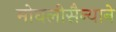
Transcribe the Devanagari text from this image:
मोघलीसैन्याने